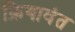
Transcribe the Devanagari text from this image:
क्रियावंत